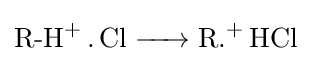
{\ce {{R-H}+ .Cl -> {R.}+ HCl}}